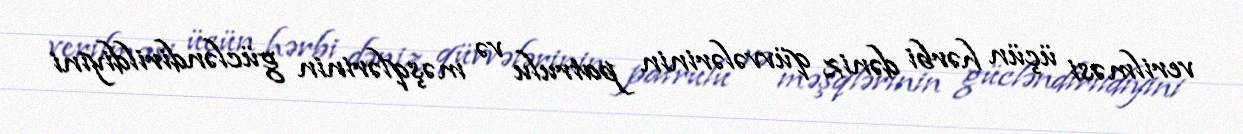
verilməsi üçün hərbi dəniz qüvvələrinin patrulu və məşqlərinin gücləndirildiyini